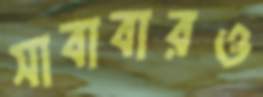
সাবাবারও